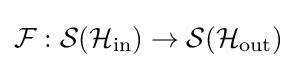
{\mathcal {F}}:{\mathcal {S}}({\mathcal {H}}_{\rm {in}})\rightarrow {\mathcal {S}}({\mathcal {H}}_{\rm {out}})